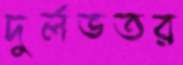
দুর্লভতর